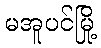
မအူပင်မြို့